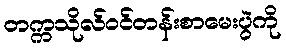
တက္ကသိုလ်ဝင်တန်းစာမေးပွဲကို